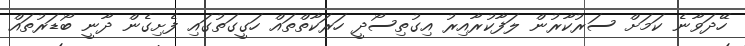
ހޭދަވާނެ ކަމަށް ސަރުކާރުން ލަފާކުރާއިރު އިގުތިސޯދީ ހަރަކާތްތައް ހަގީގަތުގައި ފެށިގެން ދާނީ ބޯޑަރުތައް